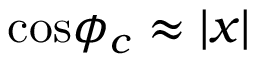
\mathrm { c o s } \phi _ { c } \approx | x |